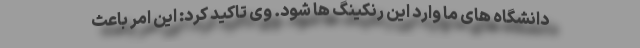
دانشگاه های ما وارد این رنکینگ ها شود. وی تاکید کرد: این امر باعث